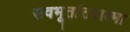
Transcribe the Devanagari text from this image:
सवभूतांतरात्मा